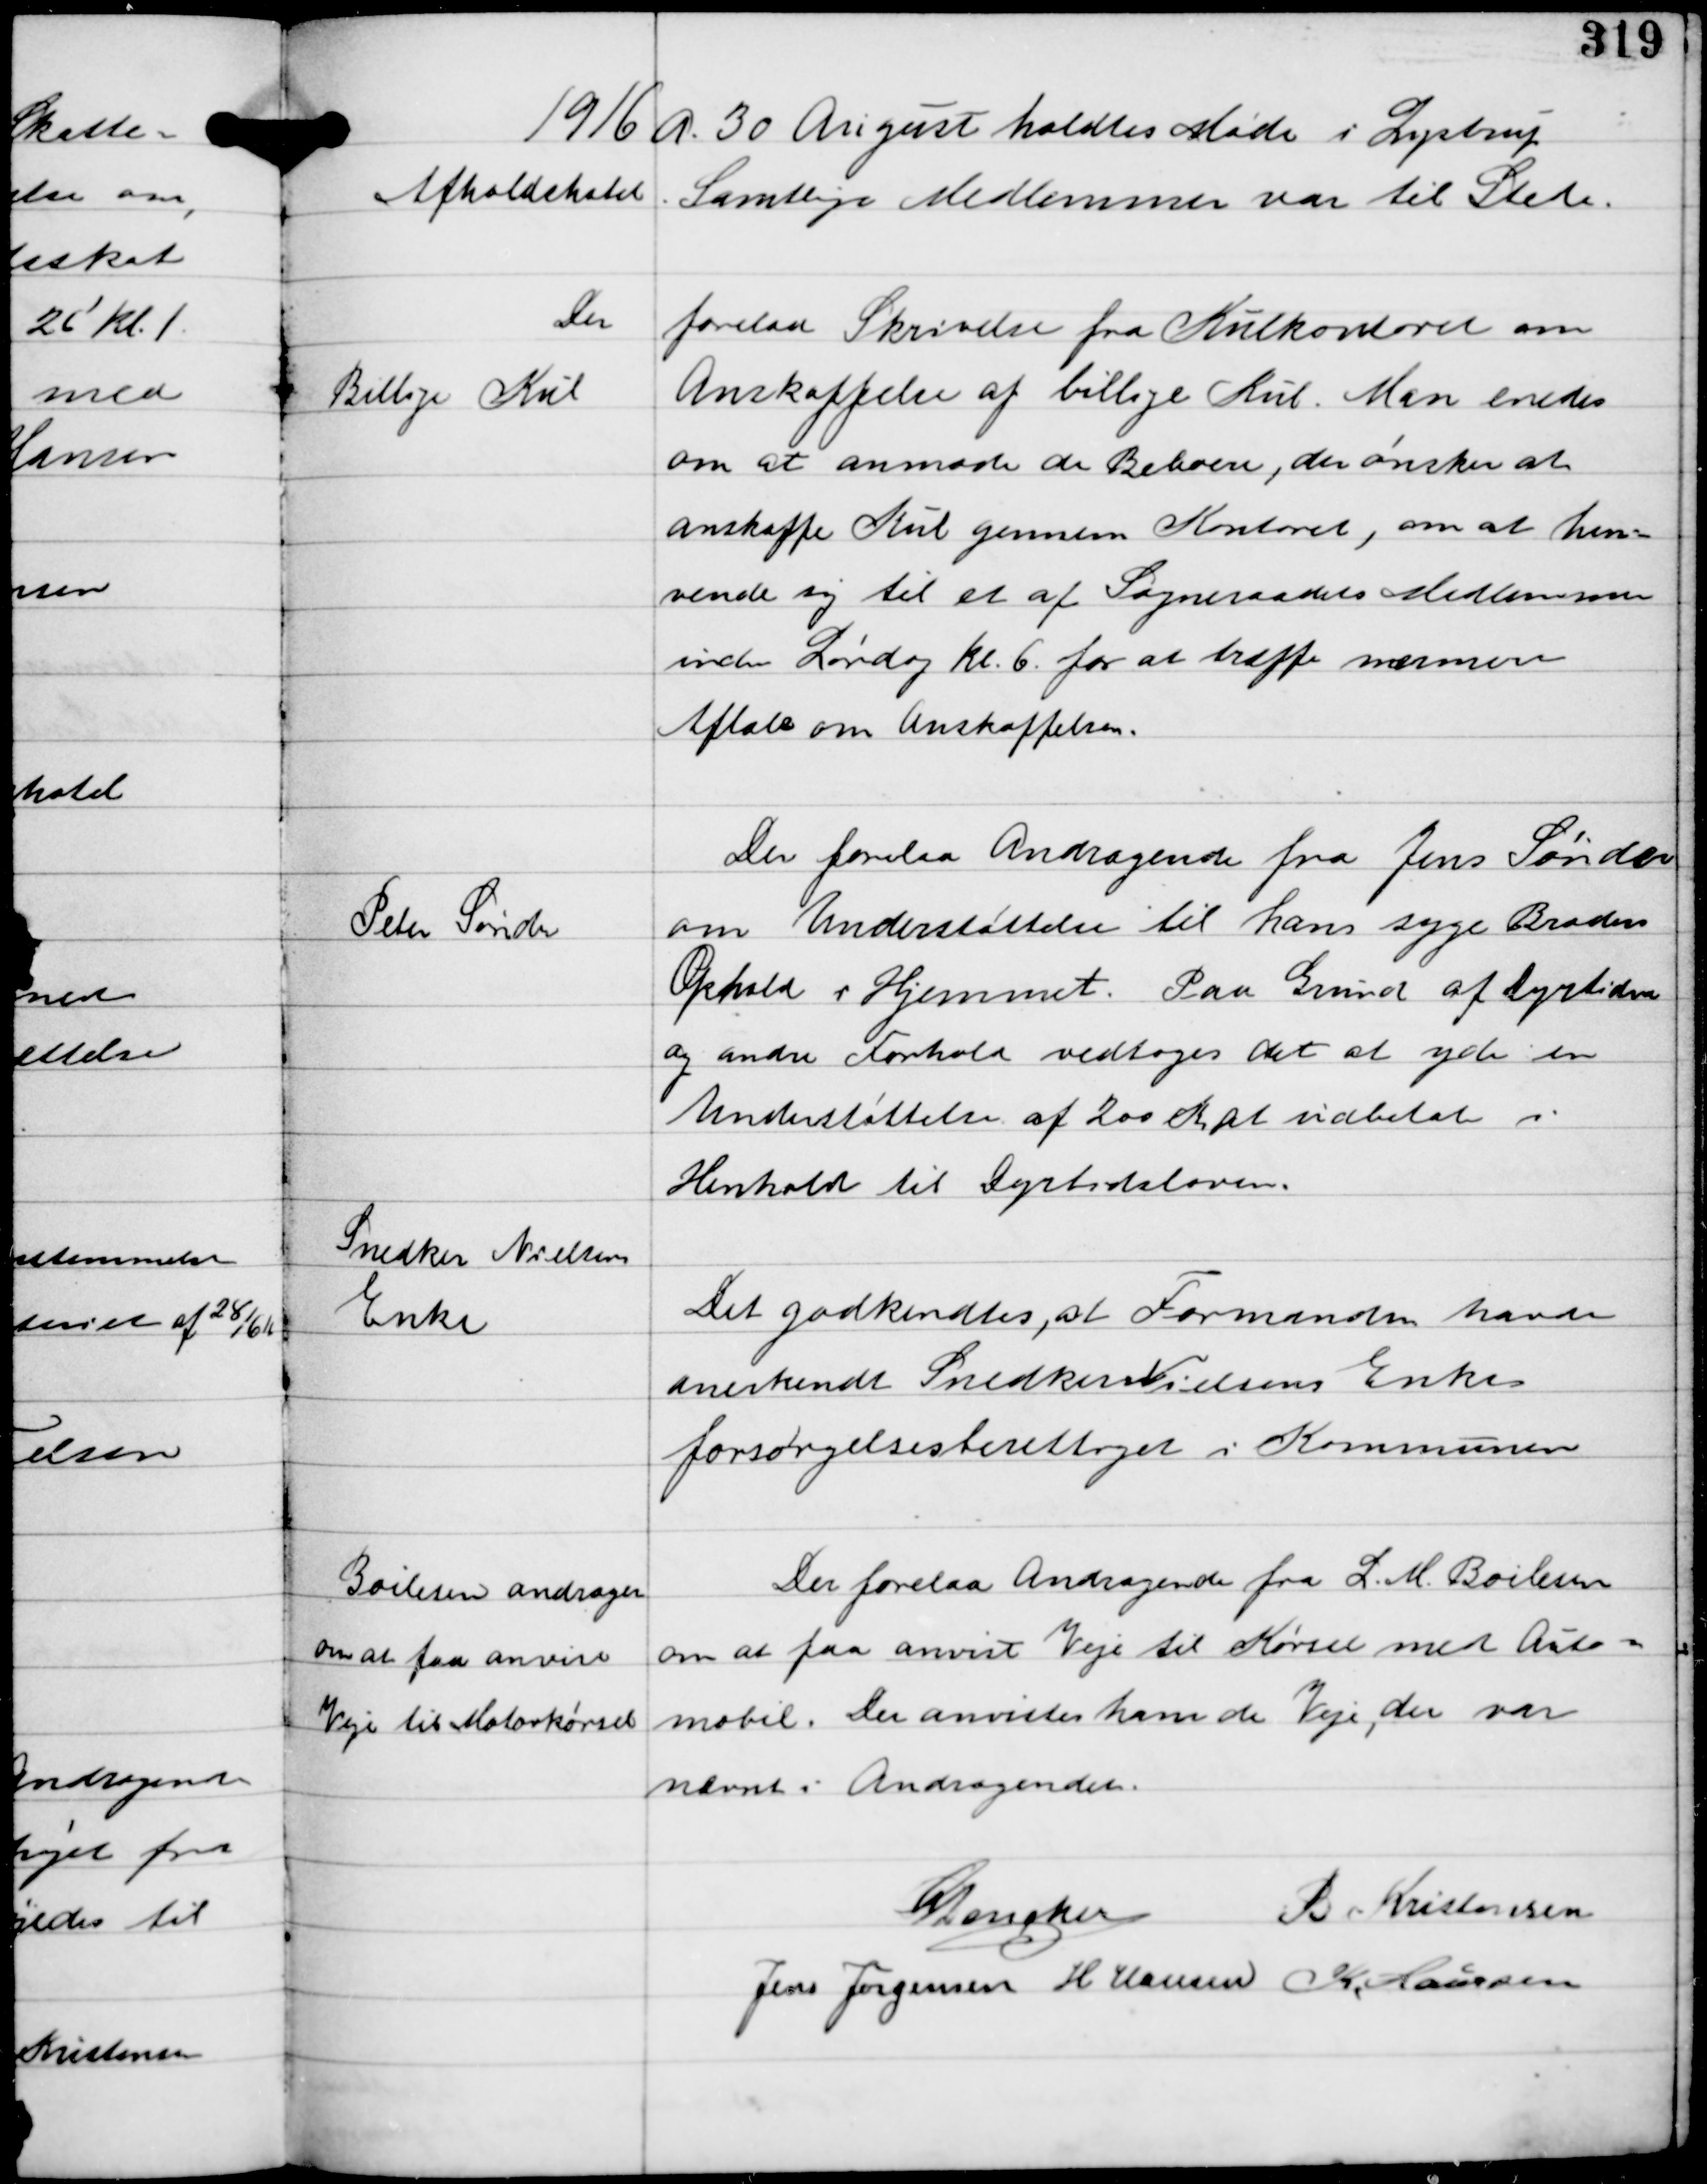
Transskription:
1916 d. 30 August holdtes Møde i Lystrup
Afholdshotel Samtlige Medlemmer var til Stede.

Billige Kul

Der

forelaa Skrivelse fra Kulkontoret om
Anskaffelse af billige Kul. Man enedes
om at anmode de Beboere, der ønsker at
anskaffe Kul gennem Kontoret, om at hen-
vende sig til et af Sogneraadets Medlemmer
inden Lørdag Kl. 6 for at træffe nærmere
Aftale om Anskaffelsen.

Peter Sønder

Der forelaa Andragende fra Jens Sønder
om Understøttelse til hans syge Broders
Ophold i Hjemmet. Paa Grund af Dyrtiden
og andre Forhold vedtoges det at yde en
Understøttelse af 200 Kr., at udbetale i 
Henhold til Dyrtidsloven.

Snedker Nielsens
Enke

Det godkendtes, at Formanden havde
anerkendt Snedker Nielsens Enke
forsørgelsesberettiget i Kommunen

Boilesen andrager
om at faa anvist
Veje til Motorkørsel

Der forelaa Andragende fra L. M. Boilesen
om at faa anvist veje til Kørsel med Auto-
mobil. Her anvistes ham de Veje, der var
nævnt i Andragendet.

C Dencker B. Kristensen
Jens Jørgensen H Hansen K. Laursen